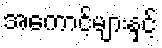
အကောင့်များနှင့်